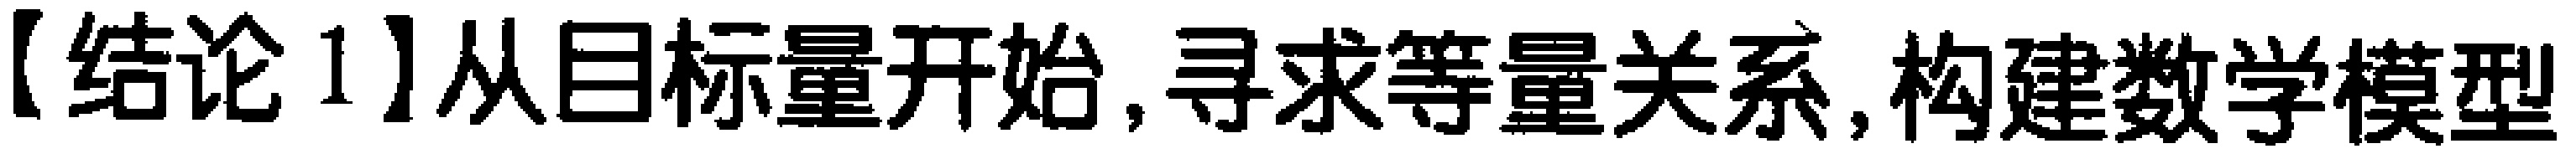
【结论1】从目标量开始,寻求等量关系,构建数学模型